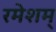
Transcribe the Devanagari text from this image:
रमेशम्